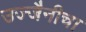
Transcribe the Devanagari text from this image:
उज्जैनीचा